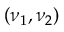
( \nu _ { 1 } , \nu _ { 2 } )